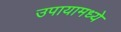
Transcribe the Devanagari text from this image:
उपायामध्ये